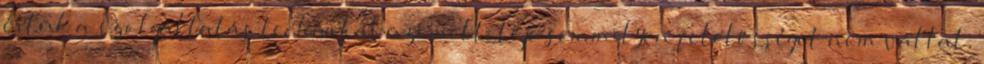
értük a szolgáltatás technikai üzemeltetője semmilyen felelősséget nem vállal,